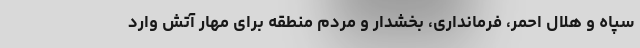
سپاه و هلال احمر، فرمانداری، بخشدار و مردم منطقه برای مهار آتش وارد